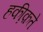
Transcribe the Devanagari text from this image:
हकी़क़ते